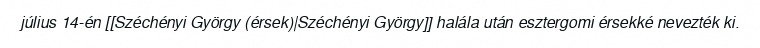
július 14-én [[Széchényi György (érsek)|Széchényi György]] halála után esztergomi érsekké nevezték ki.